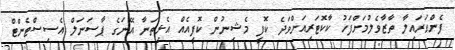
ފެންވަރައިލާ ތާޒާވެލުމަށްފަހު ކާކޮޓަރިއަށްވަދެ ކޮފީ މެޝިނުން ކޮފީއެއް އެޅިތަނާ އޭނަގެ ޕާސަނަލް އެސިސްޓެންޓް